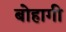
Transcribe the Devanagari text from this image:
बोहागी